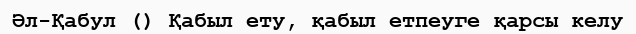
Әл-Қабул () Қабыл ету, қабыл етпеуге қарсы келу